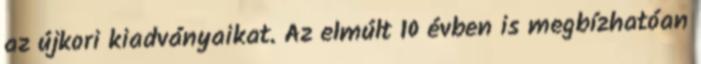
az újkori kiadványaikat. Az elmúlt 10 évben is megbízhatóan